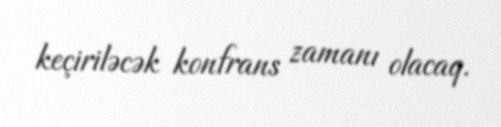
keçiriləcək konfrans zamanı olacaq.